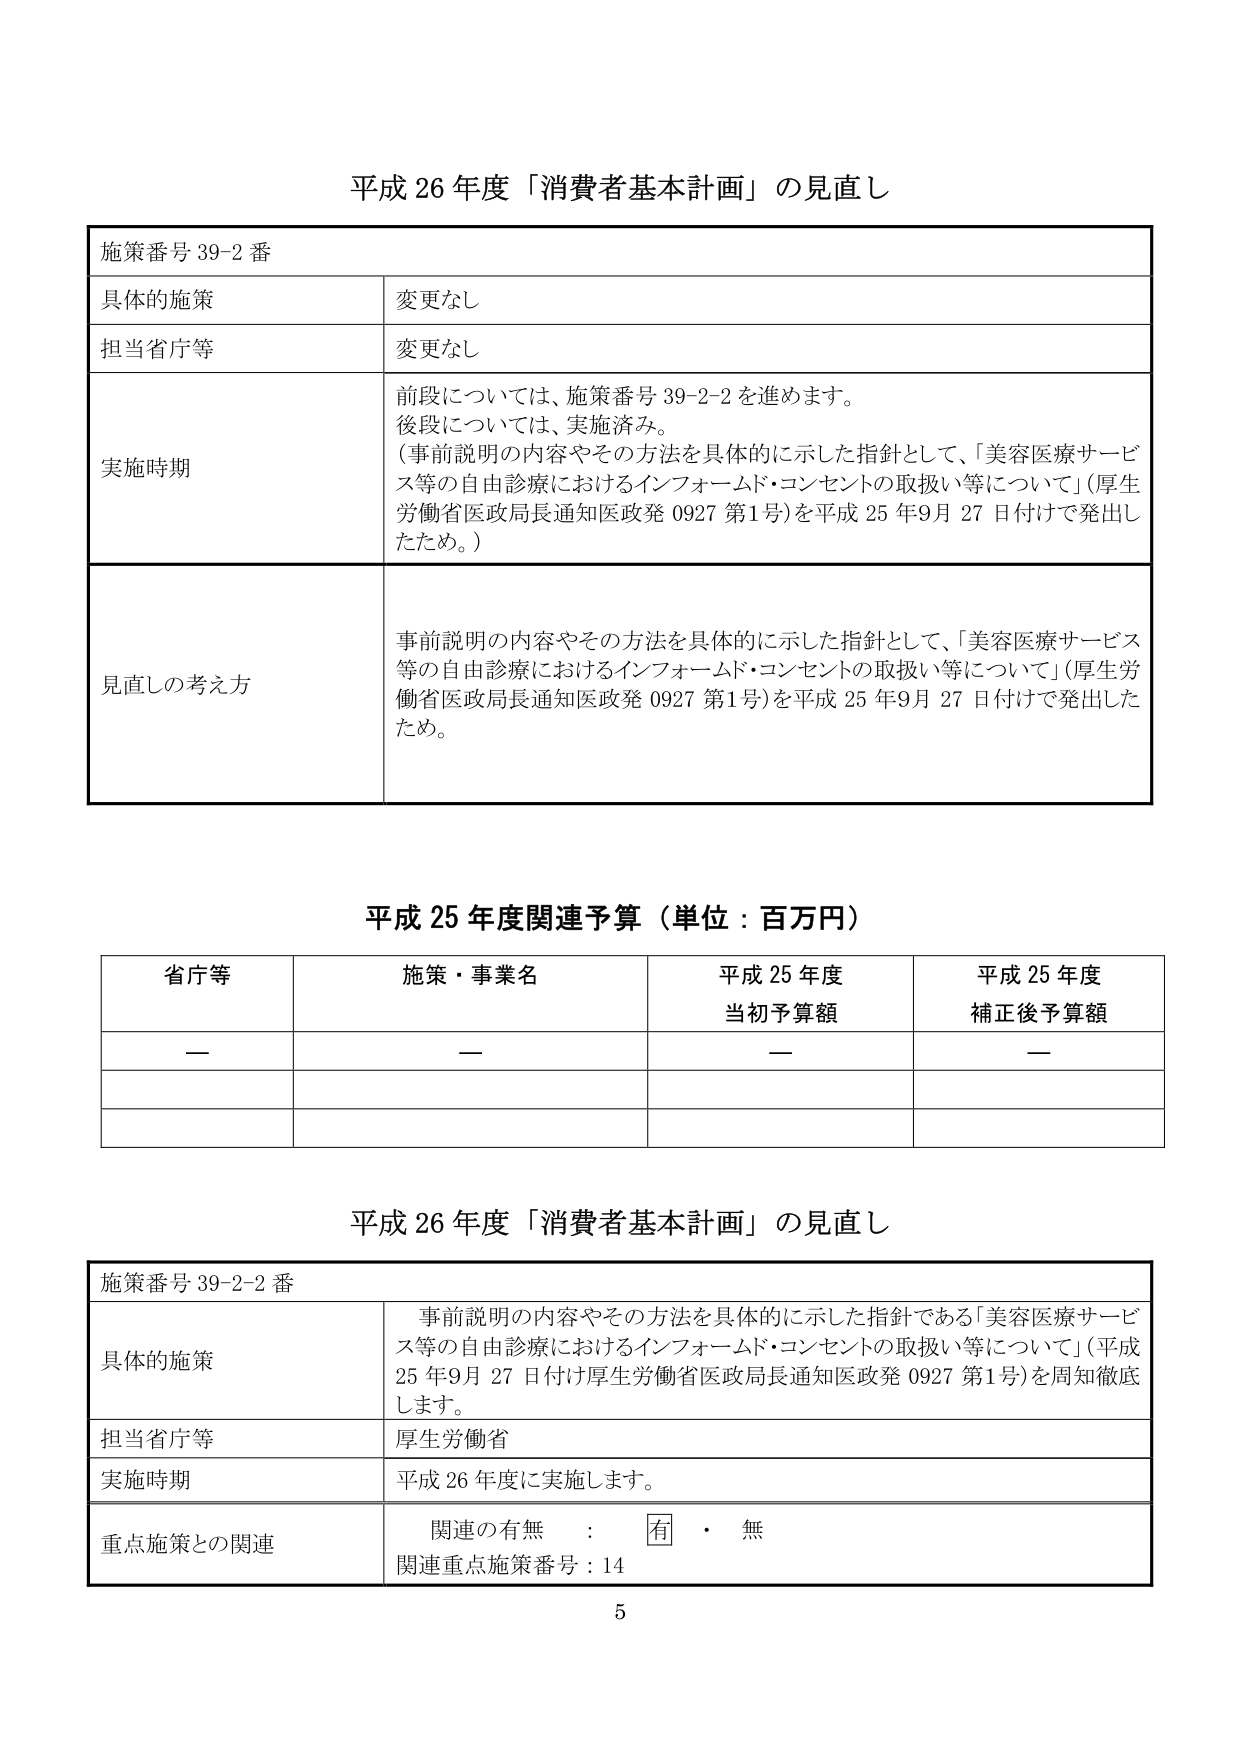
平成 26 年度「消費者基本計画」の見直し

施策番号 39-2 番

具体的施策 変更なし

担当省庁等 変更なし

実施時期 前段については、施策番号 39-2-2 を進めます。
後段については、実施済み。
（事前説明の内容やその方法を具体的に示した指針として、「美容医療サービス等の自由診療におけるインフォームド・コンセントの取扱い等について」（厚生労働省医政局長通知医政発 0927 第1号）を平成 25 年9月 27 日付けで発出したため。）

見直しの考え方 事前説明の内容やその方法を具体的に示した指針として、「美容医療サービス等の自由診療におけるインフォームド・コンセントの取扱い等について」（厚生労働省医政局長通知医政発 0927 第1号）を平成 25 年9月 27 日付けで発出したため。

平成 25 年度関連予算（単位：百万円）

省庁等 施策・事業名 平成 25 年度 当初予算額 平成 25 年度 補正後予算額
— — — —

平成 26 年度「消費者基本計画」の見直し

施策番号 39-2-2 番

具体的施策 事前説明の内容やその方法を具体的に示した指針である「美容医療サービス等の自由診療におけるインフォームド・コンセントの取扱い等について」（平成 25 年9月 27 日付け厚生労働省医政局長通知医政発 0927 第1号）を周知徹底します。

担当省庁等 厚生労働省

実施時期 平成 26 年度に実施します。

重点施策との関連 関連の有無 ： 有 ・ 無
関連重点施策番号：14

5